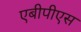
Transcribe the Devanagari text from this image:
एबीपीएस